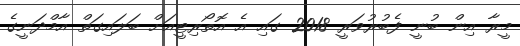
މީރާ އިން ބުނީ ފެބުރުވަރީ 2018 ގައި އެ އޮތޯރިޓީއަށް ބަލައިގަތް އާމްދަނީގެ